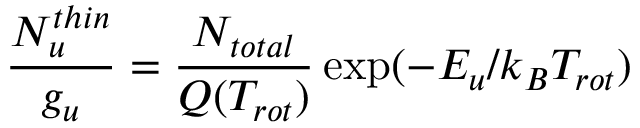
\frac { N _ { u } ^ { t h i n } } { g _ { u } } = \frac { N _ { t o t a l } } { Q ( T _ { r o t } ) } \exp ( - E _ { u } / k _ { B } T _ { r o t } )